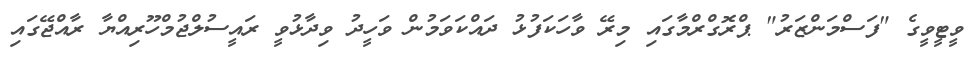
ވީޓީވީގެ "ފަސްމަންޒަރު" ޕްރޮގްރްމާގައި މިރޭ ވާހަކަފުޅު ދައްކަވަމުން ވަހީދު ވިދާޅުވީ ރައީސުލްޖުމްހޫރިއްޔާ ރާއްޖޭގައި